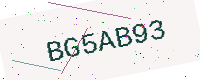
Text: BG5AB93